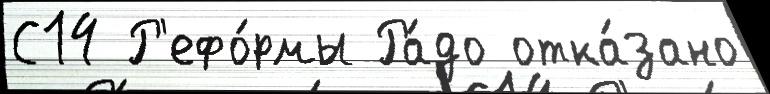
С14 Р'ефо́рмы Ра́до отка́зано